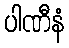
ပါဏီနံ